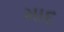
માદ